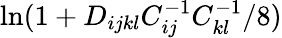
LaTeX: \ln(1+D_{ijkl}C_{ij}^{-1}C_{kl}^{-1}/8)